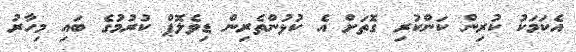
އެކަމަކު ކުރިން ކަންކުރި ގޮތަށް އެ ކުޅުންތެރިން ޑިވެލޮޕް ކުރުމުގެ ބައި މިހާރު